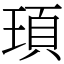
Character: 頊